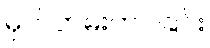
မှတ်တမ်းတင်ခြင်း